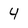
Character: 4